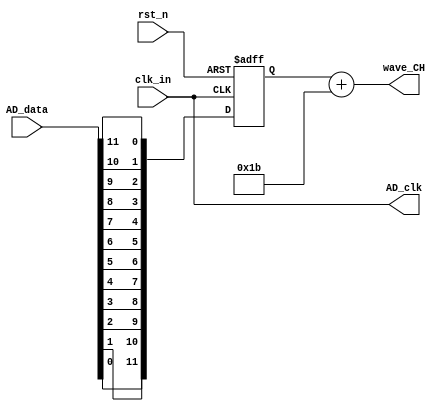
module AD9226_driver #
(
	parameter signed CH_offset = 27
)
(
	input 			clk_in,
	input 			rst_n,
	input   [11:0] 	AD_data,
	output 			AD_clk,
	output  [11:0] 	wave_CH
);

reg signed [11:0] wave_CH_buf;
always@(posedge clk_in or negedge rst_n) begin
	if(!rst_n)
		wave_CH_buf <= 12'd0;
	else begin
		wave_CH_buf[11] <= AD_data[0];
		wave_CH_buf[10] <= AD_data[1];
		wave_CH_buf[9]  <= AD_data[2];
		wave_CH_buf[8]  <= AD_data[3];
		wave_CH_buf[7]  <= AD_data[4];
		wave_CH_buf[6]  <= AD_data[5];
		wave_CH_buf[5]  <= AD_data[6];
		wave_CH_buf[4]  <= AD_data[7];
		wave_CH_buf[3]  <= AD_data[8];
		wave_CH_buf[2]  <= AD_data[9];
		wave_CH_buf[1]  <= AD_data[10];
		wave_CH_buf[0]  <= AD_data[11];
	end
end

assign wave_CH = $signed(wave_CH_buf) + $signed(CH_offset);
assign AD_clk  = clk_in;

endmodule